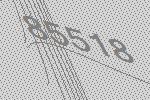
85518